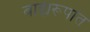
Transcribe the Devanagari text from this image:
बाह्यरूपात